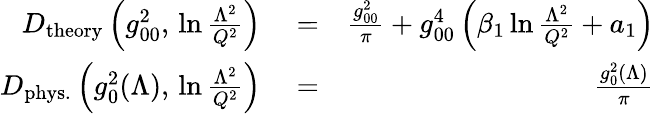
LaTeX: \begin{array}{rlr}{D_{\mathrm{theory}}\left(g_{00}^{2},\, \ln{\frac{\Lambda^{2}}{Q^{2}}}\right)}&{{}=}&{{\frac{g_{00}^{2}}{\pi}}+g_{00}^{4}\left(\beta_{1}\ln{\frac{\Lambda^{2}}{Q^{2}}}+a_{1}\right)}\\ {D_{\mathrm{phys.}}\left(g_{0}^{2}(\Lambda),\, \ln{\frac{\Lambda^{2}}{Q^{2}}}\right)}&{{}=}&{{\frac{g_{0}^{2}(\Lambda)}{\pi}}}\end{array}